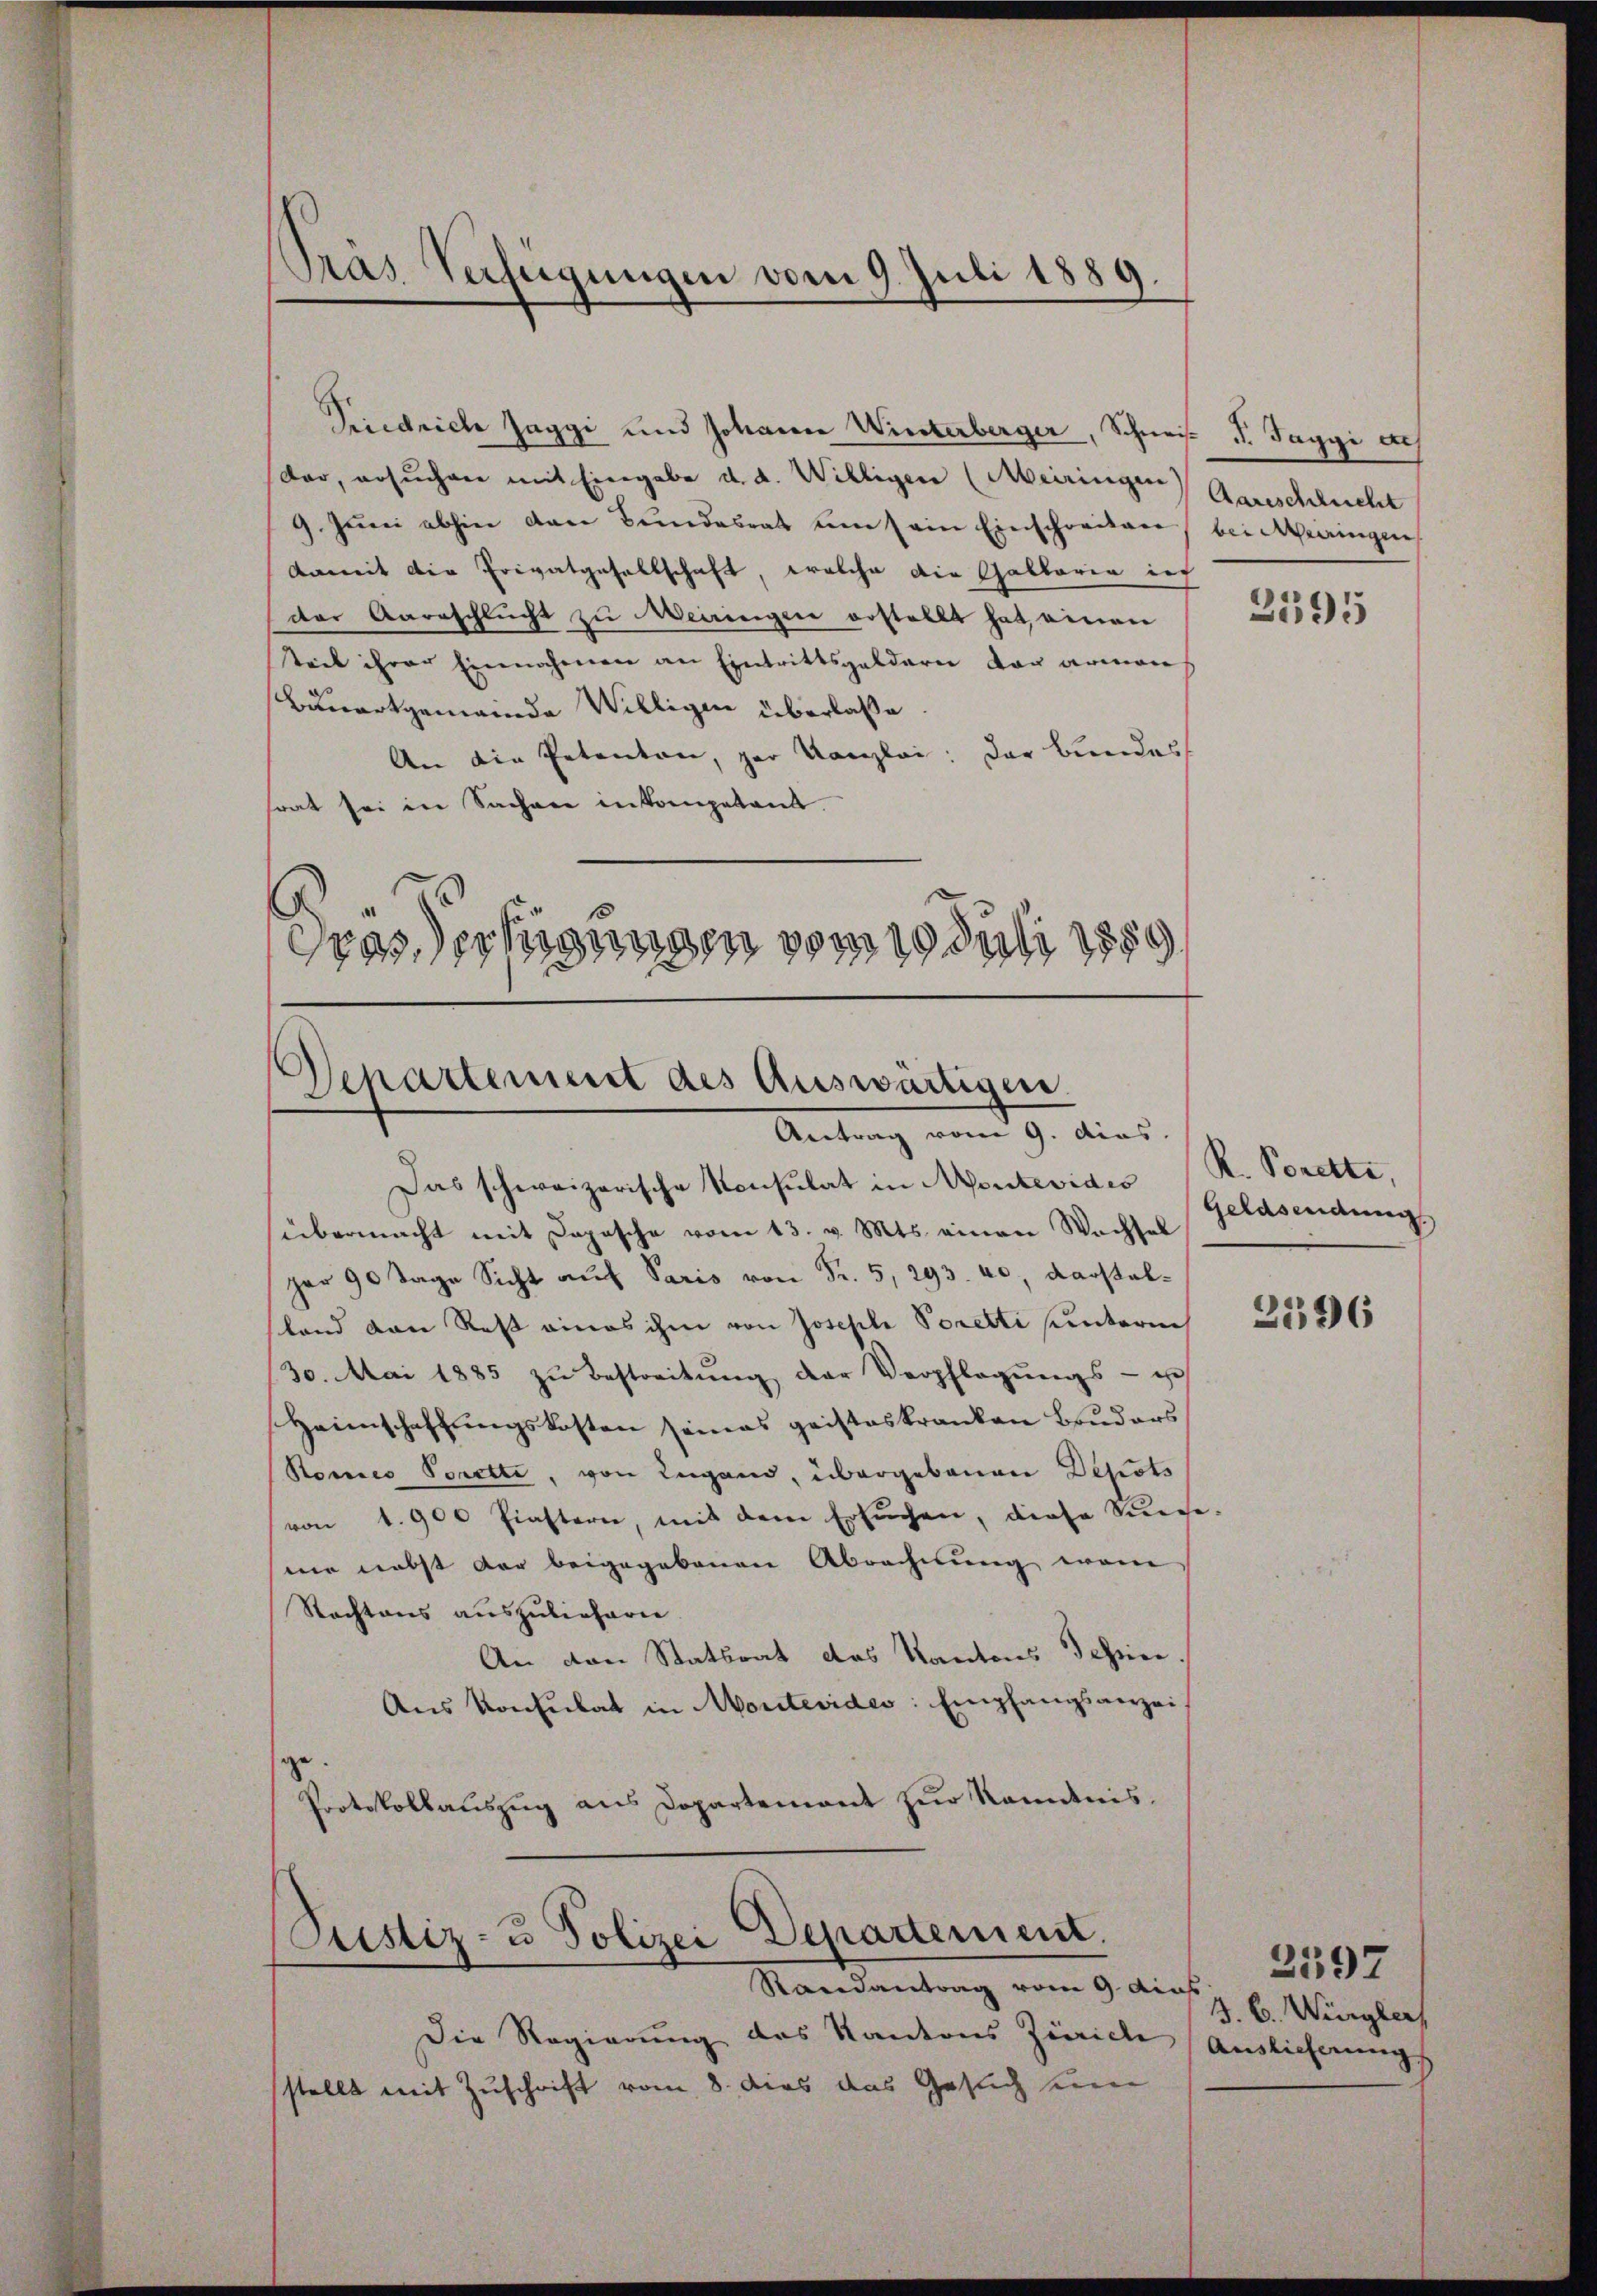
Gras Verfügungen vom 9. Juli 1889.

Friedrich Jaggi und Johann Winterberger, Schneis P. Taggi ach
dar, ersŭchen mit Eingabe d. d. Willigen (Meiringen Aarschlucht
9. Jŭni abhin den Bundesrat um sein Einschreiben bei Meiringen
damit die Privatgesellschaft, welche die Gallaria inf
der Aarrschlucht zu Meiringen erstellt hat, einen
teil ihrer Einnahmen an Eintrittsgeldern der armones
Bauartgemeinde Willigen überlaße
An die Petenton, par Kanzlei: Der Bundes
srat sei in Sachen in kompetent
Das erfügungen vom 10. Juli 1859

Departement des Auswärtigen.
Antrag vom 9. dias.

Justiz- u Polizei Departement.
Randantrag vom 9. dies

Die Regierung des Kantons Zürich Auslieferungs
stellt mit Zuschrift vom 8. dies das Gesuch um

Das schweizerische Konsulat in Montevides R. Porette,
übermacht mit Depesche vom 13. v. Mts. einen Wachsel
par 90 Tage Sicht auf Paris von Fr. 5, 293. 40, darstelland von Rest eines ihm von Joseph Soretti unterm
30. Mai 1885 zŭ bestreitŭng der Verpflegŭngs- u
Heimschaffungskosten seines geisteskranken Bruders
Komnes Porette, von Lugand, übergebenen Depots
von 1. 900 finstern, mit dem Ersŭchen, diese Sume-
mie nebst der beigegebenen Abrechnung vom
Nachtens auszuliefern.
An den Statsrat das Kantons Tessin.
Aus Konsulat in Montevides: Empfangsanzeige
Protokollauszug aus Dopartement zur Kenntnis.

2595

Geldsendung.

2596

J. C. Würgler

2597